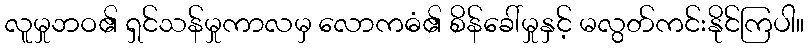
လူမှုဘဝ၏ ရှင်သန်မှုကာလမှ လောကဓံ၏ စိန်ခေါ်မှုနှင့် မလွတ်ကင်းနိုင်ကြပါ။